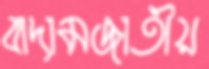
বাদামজাতীয়